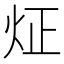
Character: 炡